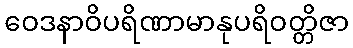
ဝေဒနာဝိပရိဏာမာနုပရိဝတ္တိဇာ